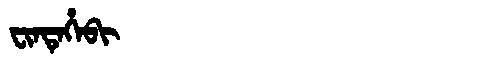
Manchu: ᠸᡳᠨᡨᡝᡥᡝᠪᡳ
Romanization: FINTEHEBI